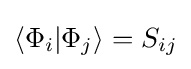
\langle \Phi _{i}|\Phi _{j}\rangle =S_{ij}